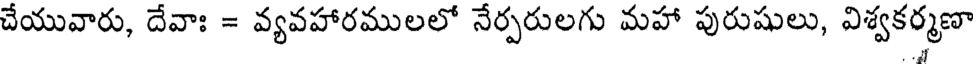
చేయువారు, దేవాః = వ్యవహారములలో నేర్పరులగు మహా పురుషులు, విశ్వకర్మణా